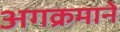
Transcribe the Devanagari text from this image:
अगक्रमाने